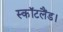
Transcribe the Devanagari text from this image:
स्कॉटलैंड।